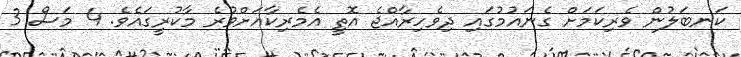
ކަނބަލުން ވެރިކަމަށް ގެނައުމުގައި ދިވެހިރާއްޖެ އޮތީ އެމެރިކާއަށްވުރެ މާކުރީގައެވެ. 4 މަސް 3